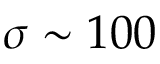
\sigma \sim 1 0 0